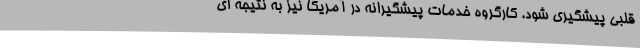
قلبی پیشگیری شود. کارگروه خدمات پیشگیرانه در آمریکا نیز به نتیجه ای